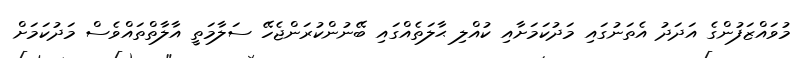
މުވައްޒަފުންގެ އަދަދު އެތަނުގައި މަދުކަމަށާއި ކުއްލި ޙާލަތެއްގައި ބޭނުންކުރަންޖެހޭ ސަލާމަތީ އާލާތްތައްވެސް މަދުކަމަށް